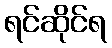
ရင်ဆိုင်ရ